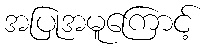
အပြုအမူကြောင့်